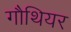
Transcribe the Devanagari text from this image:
गौथियर